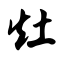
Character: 灶